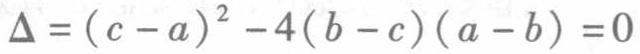
\(\Delta =(c - a)^{2}-4(b - c)(a - b)=0\)